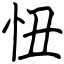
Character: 忸